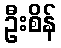
ဦးစိန်